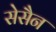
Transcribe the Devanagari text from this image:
सेसैन